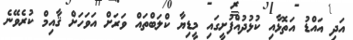
އަދި އައްޑު އަތޮޅާއި ކުޅުދުއްފުށީގައި މީޑިޔާ ކްލަބްތައް ވަރަށް އަވަހަށް ޤާއިމް ކުރެވޭނެ